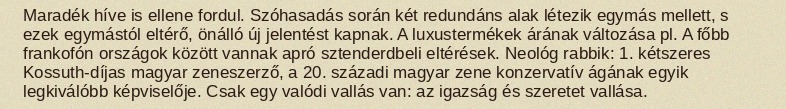
Maradék híve is ellene fordul. Szóhasadás során két redundáns alak létezik egymás mellett, s ezek egymástól eltérő, önálló új jelentést kapnak. A luxustermékek árának változása pl. A főbb frankofón országok között vannak apró sztenderdbeli eltérések. Neológ rabbik: 1. kétszeres Kossuth-díjas magyar zeneszerző, a 20. századi magyar zene konzervatív ágának egyik legkiválóbb képviselője. Csak egy valódi vallás van: az igazság és szeretet vallása.